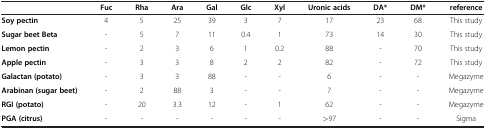
<table><thead><tr><td><b> </b></td><td><b>Fuc</b></td><td><b>Rha</b></td><td><b>Ara</b></td><td><b>Gal</b></td><td><b>Glc</b></td><td><b>Xyl</b></td><td><b>Uronic acids</b></td><td><b>DA*</b></td><td><b>DM*</b></td><td><b>reference</b></td></tr></thead><tbody><tr><td><b>Soy pectin</b></td><td>4</td><td>5</td><td>25</td><td>39</td><td>3</td><td>7</td><td>17</td><td>23</td><td>68</td><td>This study</td></tr><tr><td><b>Sugar beet Beta</b></td><td>-</td><td>5</td><td>7</td><td>11</td><td>0.4</td><td>1</td><td>73</td><td>14</td><td>30</td><td>This study</td></tr><tr><td><b>Lemon pectin</b></td><td>-</td><td>2</td><td>3</td><td>6</td><td>1</td><td>0.2</td><td>88</td><td>-</td><td>70</td><td>This study</td></tr><tr><td><b>Apple pectin</b></td><td>-</td><td>3</td><td>3</td><td>8</td><td>2</td><td>2</td><td>82</td><td>-</td><td>72</td><td>This study</td></tr><tr><td><b>Galactan (potato)</b></td><td>-</td><td>3</td><td>3</td><td>88</td><td>-</td><td>-</td><td>6</td><td>-</td><td>-</td><td>Megazyme</td></tr><tr><td><b>Arabinan (sugar beet)</b></td><td>-</td><td>2</td><td>88</td><td>3</td><td>-</td><td>-</td><td>7</td><td>-</td><td>-</td><td>Megazyme</td></tr><tr><td><b>RGI (potato)</b></td><td>-</td><td>20</td><td>3.3</td><td>12</td><td>-</td><td>1</td><td>62</td><td>-</td><td>-</td><td>Megazyme</td></tr><tr><td><b>PGA (citrus)</b></td><td>-</td><td>-</td><td>-</td><td>-</td><td>-</td><td>-</td><td>&gt;97</td><td>-</td><td>-</td><td>Sigma</td></tr></tbody></table>